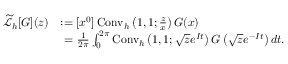
{ \begin{array} { r l } { { \widetilde { \mathcal { L } } } _ { h } [ G ] ( z ) } & { : = [ x ^ { 0 } ] \operatorname { C o n v } _ { h } \left( 1 , 1 ; { \frac { z } { x } } \right) G ( x ) } \\ & { \ = { \frac { 1 } { 2 \pi } } \int _ { 0 } ^ { 2 \pi } \operatorname { C o n v } _ { h } \left( 1 , 1 ; { \sqrt { z } } e ^ { I t } \right) G \left( { \sqrt { z } } e ^ { - I t } \right) d t . } \end{array} }